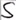
Text: S